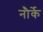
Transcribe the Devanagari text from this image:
नौर्के